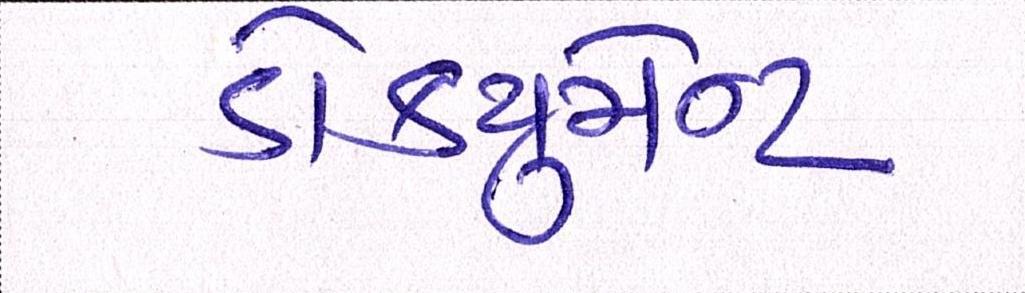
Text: ડોકયુમેન્ટ